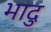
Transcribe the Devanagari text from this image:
भादु